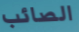
الصائب